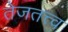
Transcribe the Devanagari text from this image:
तेजतत्त्व